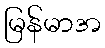
မြန်မာအ